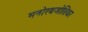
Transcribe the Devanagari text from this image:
मनोरथजोतिका